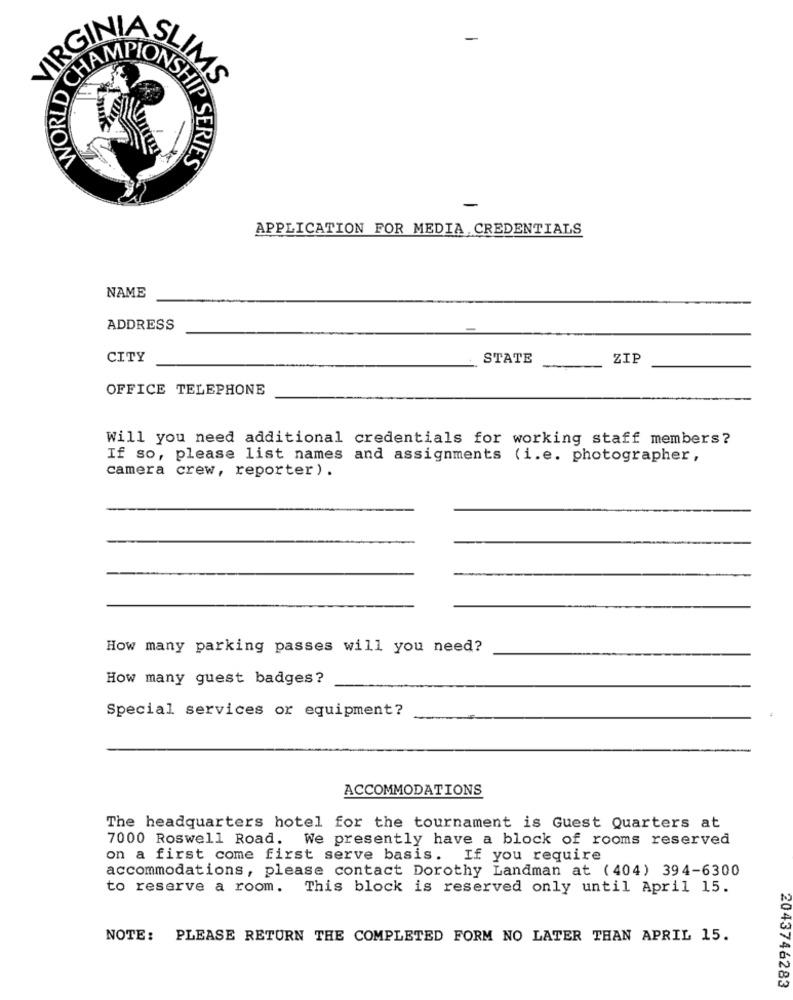
CHA
WORLD
SHIP SERIES
-
APPLICATION FOR MEDIA.CREDENTIALS
NAME
ADDRESS
CITY
STATE
ZIP
OFFICE TELEPHONE
Will you need additional credentials for working staff members?
If so, please list names and assignments (i.e. photographer,
camera crew, reporter ).
How many parking passes will you need?
How many guest badges?
Special services or equipment?
ACCOMMODATIONS
The headquarters hotel for the tournament is Guest Quarters at
7000 Roswell Road. We presently have a block of rooms reserved
on a first come first serve basis. If you require
accommodations, please contact Dorothy Landman at (404) 394-6300
to reserve a room. This block is reserved only until April 15.
NOTE: PLEASE RETURN THE COMPLETED FORM NO LATER THAN APRIL 15.
2043746283